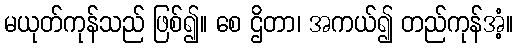
မယုတ်ကုန်သည် ဖြစ်၍။ စေ ဌိတာ၊ အကယ်၍ တည်ကုန်အံ့။